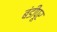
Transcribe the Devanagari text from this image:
बंडीपूर